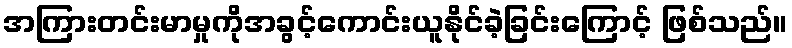
အကြားတင်းမာမှုကိုအခွင့်ကောင်းယူနိုင်ခဲ့ခြင်းကြောင့် ဖြစ်သည်။